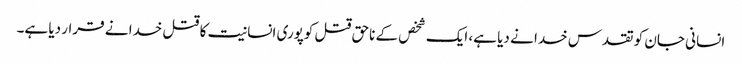
انسانی جان کو تقدس خدا نے دیا ہے، ایک شخص کے ناحق قتل کوپوری انسانیت کا قتل خدا نے قرار دیا ہے۔